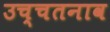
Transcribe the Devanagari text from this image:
उच्चतनाव